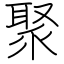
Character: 聚